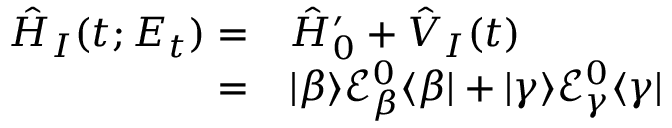
\begin{array} { r l } { \hat { H } _ { I } ( t ; E _ { t } ) = } & { { } \hat { H } _ { 0 } ^ { \prime } + \hat { V } _ { I } ( t ) } \\ { = } & { { } | \beta \rangle \mathcal { E } _ { \beta } ^ { 0 } \langle \beta | + | \gamma \rangle \mathcal { E } _ { \gamma } ^ { 0 } \langle \gamma | } \end{array}